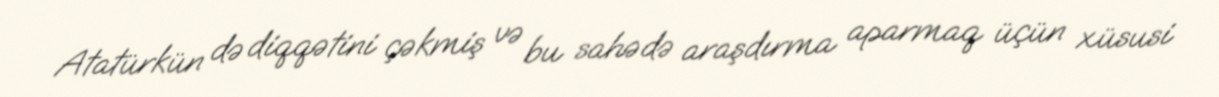
Atatürkün də diqqətini çəkmiş və bu sahədə araşdırma aparmaq üçün xüsusi